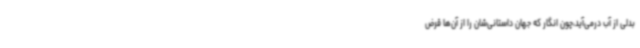
بدلی از آب درمی‌آید،چون انگار که جهان داستانی‌شان را از آن‌ها قرض